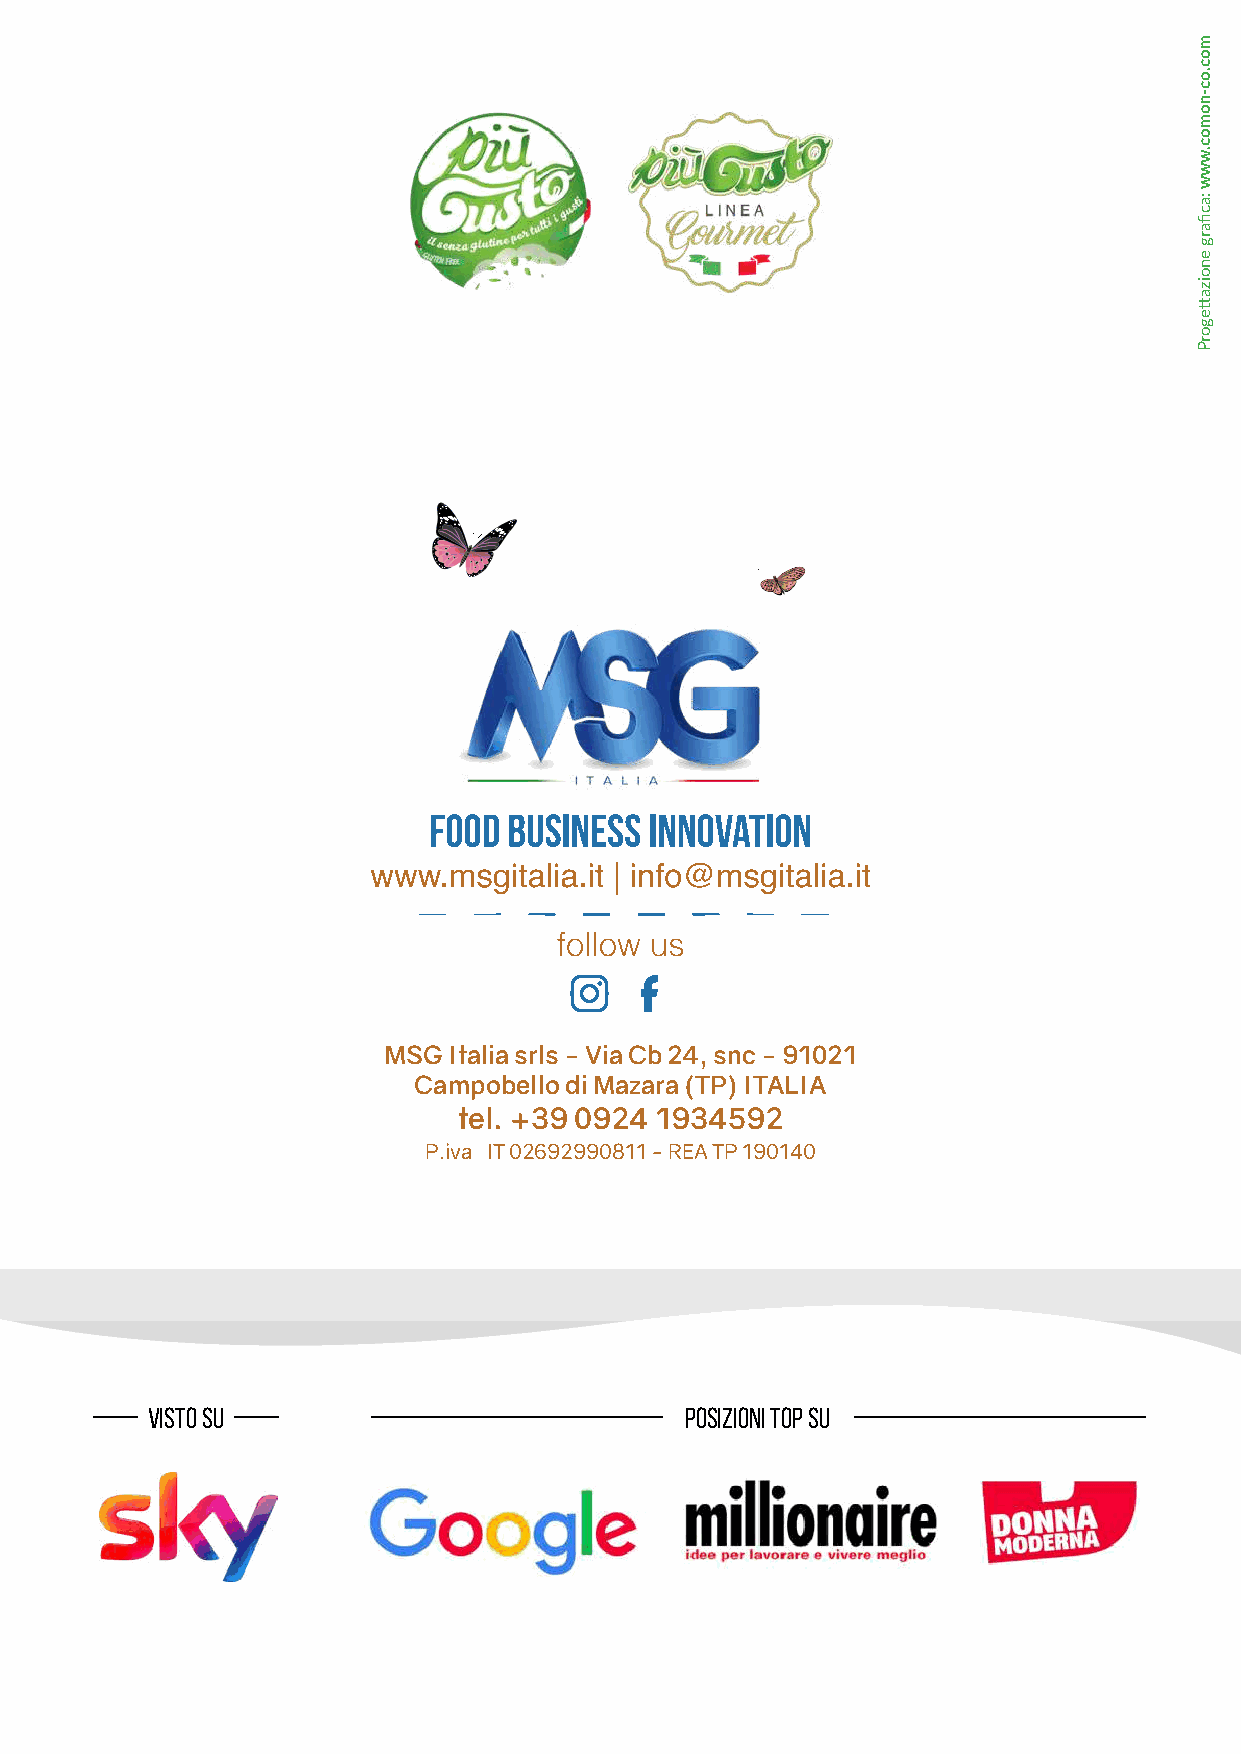
MSG  Italia srls - Via Cb 24, snc - 91021
 Campobello di Mazara (TP) ITALIA
 tel. +39 0924 1934592
 P.iva IT 02692990811 - REA TP 190140
 visto su                           posizioni top su
 moc.oc-nomoc.www
 :acfiarg
 enoizattegorP